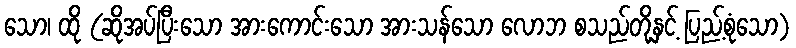
သော၊ ထို (ဆိုအပ်ပြီးသော အားကောင်းသော အားသန်သော လောဘ စသည်တို့နှင့် ပြည့်စုံသော)